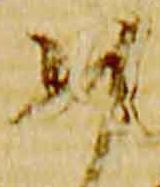
如